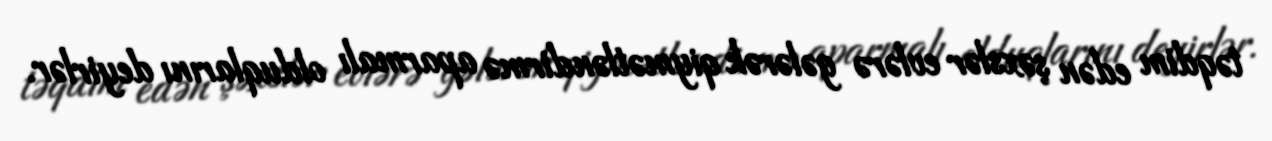
təqdim edən şəxslər evlərə gələrək qiymətləndirmə aparmalı olduqlarını deyirlər.